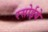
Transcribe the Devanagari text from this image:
रसोईये